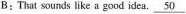
B:That sounds like a good idea.\underline{50}